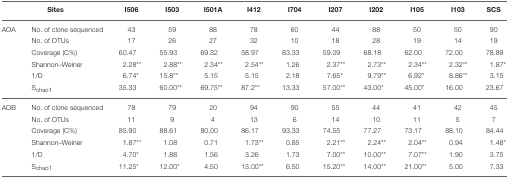
| <COLSPAN=2> Sites | I506 | I503 | I501A | I412 | I704 | I207 | I202 | I105 | I103 | SCS |
 | --- | --- | --- | --- | --- | --- | --- | --- | --- | --- | --- | --- |
 | AOA | No. of clone sequenced | 43 | 59 | 88 | 78 | 60 | 44 | 88 | 50 | 50 | 90 |
 |  | No. of OTUs | 17 | 26 | 27 | 32 | 10 | 18 | 28 | 19 | 14 | 19 |
 |  | Coverage (C%) | 60.47 | 55.93 | 69.32 | 58.97 | 83.33 | 59.09 | 68.18 | 62.00 | 72.00 | 78.89 |
 |  | Shannon–Weiner | 2.28** | 2.88** | 2.34** | 2.54** | 1.26 | 2.37** | 2.73** | 2.34** | 2.32** | 1.87* |
 |  | 1/D | 6.74* | 15.8** | 5.15 | 5.15 | 2.18 | 7.65* | 9.79** | 6.92* | 8.86** | 3.15 |
 |  | Schao1 | 35.33 | 60.00** | 69.75** | 87.2** | 13.33 | 57.00** | 43.00* | 45.00* | 16.00 | 23.67 |
 | AOB | No. of clone sequenced | 78 | 79 | 20 | 94 | 90 | 55 | 44 | 41 | 42 | 45 |
 |  | No. of OTUs | 11 | 9 | 4 | 13 | 6 | 14 | 10 | 11 | 5 | 7 |
 |  | Coverage (C%) | 85.90 | 88.61 | 80.00 | 86.17 | 93.33 | 74.55 | 77.27 | 73.17 | 88.10 | 84.44 |
 |  | Shannon–Weiner | 1.87** | 1.08 | 0.71 | 1.73** | 0.85 | 2.21** | 2.24** | 2.04** | 0.94 | 1.48* |
 |  | 1/D | 4.70* | 1.88 | 1.56 | 3.26 | 1.73 | 7.00** | 10.00** | 7.07** | 1.90 | 3.75 |
 |  | Schao1 | 11.25* | 12.00* | 4.50 | 13.00** | 6.50 | 15.20** | 14.00** | 21.00** | 5.00 | 7.33 |